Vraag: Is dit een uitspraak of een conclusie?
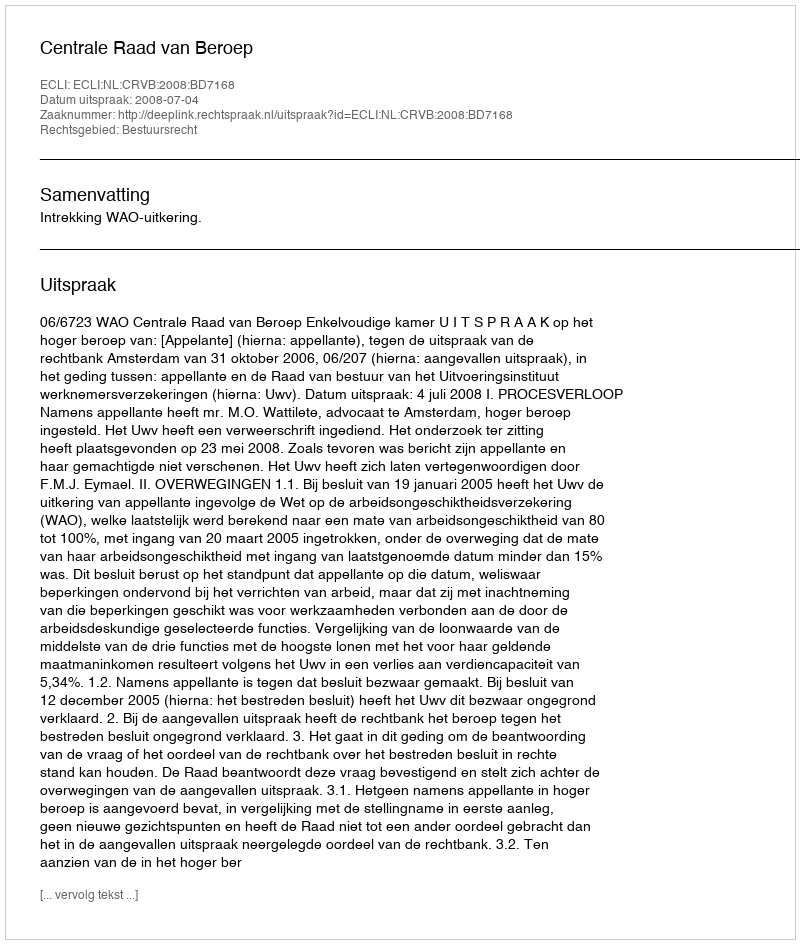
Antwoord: Uitspraak